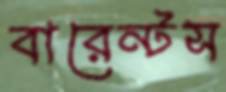
বারেন্টস